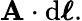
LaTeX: \mathbf{A}\cdot\mathrm{{d}}{\boldsymbol{\ell}}.